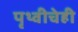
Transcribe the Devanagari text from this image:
पृथ्वीचेही